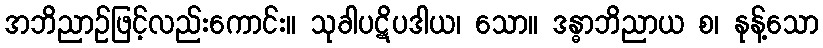
အဘိညာဉ်ဖြင့်လည်းကောင်း။ သုခါပဋိပဒါယ၊ သော။ ဒန္ဓာဘိညာယ စ၊ နုန့်သော